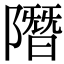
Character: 𨼐